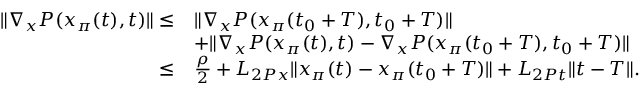
\begin{array} { r l } { \| \nabla _ { x } P ( x _ { \pi } ( t ) , t ) \| \le } & { \| \nabla _ { x } P ( x _ { \pi } ( t _ { 0 } + T ) , t _ { 0 } + T ) \| } \\ & { + \| \nabla _ { x } P ( x _ { \pi } ( t ) , t ) - \nabla _ { x } P ( x _ { \pi } ( t _ { 0 } + T ) , t _ { 0 } + T ) \| } \\ { \le } & { \frac { \rho } { 2 } + L _ { 2 P x } \| x _ { \pi } ( t ) - x _ { \pi } ( t _ { 0 } + T ) \| + L _ { 2 P t } \| t - T \| . } \end{array}